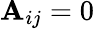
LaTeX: \mathbf{A}_{ij}=0